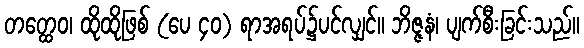
တတ္ထေဝ၊ ထိုထိုဖြစ် (ပေ ၄၀) ရာအရပ်၌ပင်လျှင်။ ဘိဇ္ဇနံ၊ ပျက်စီးခြင်းသည်။